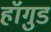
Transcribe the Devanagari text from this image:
हॉगुड